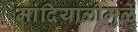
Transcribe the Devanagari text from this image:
मांदियाळीमुळे